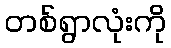
တစ်ရွာလုံးကို